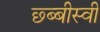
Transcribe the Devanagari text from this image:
छ्ब्बीस्वी